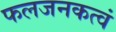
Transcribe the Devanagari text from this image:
फलजनकत्वं